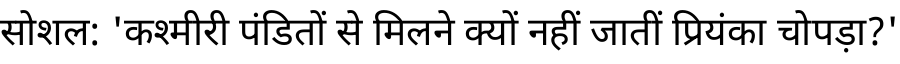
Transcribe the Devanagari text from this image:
सोशल: 'कश्मीरी पंडितों से मिलने क्यों नहीं जातीं प्रियंका चोपड़ा?'